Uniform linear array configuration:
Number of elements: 32
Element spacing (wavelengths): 0.25
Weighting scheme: kaiser
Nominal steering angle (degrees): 0
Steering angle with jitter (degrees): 1.732
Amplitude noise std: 0.05
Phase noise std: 0.05

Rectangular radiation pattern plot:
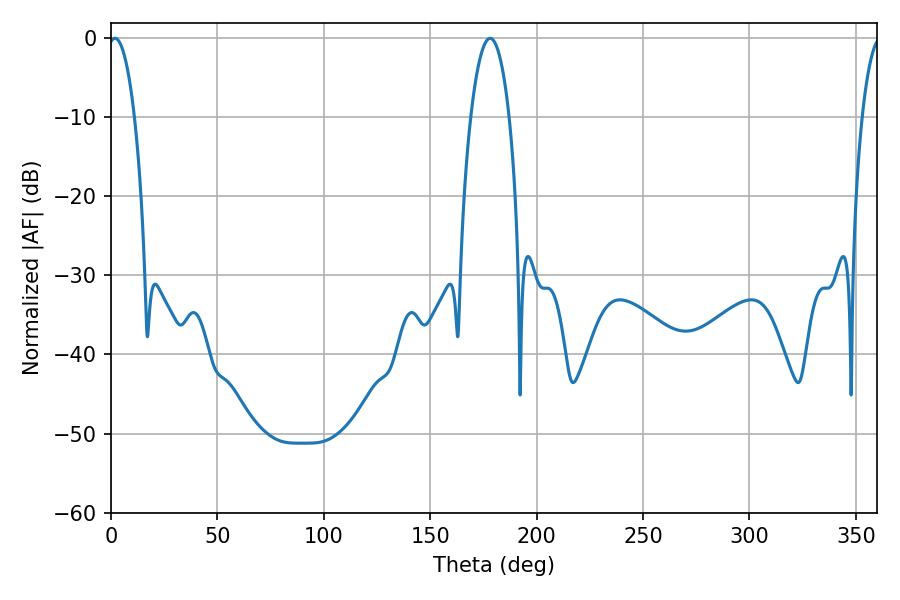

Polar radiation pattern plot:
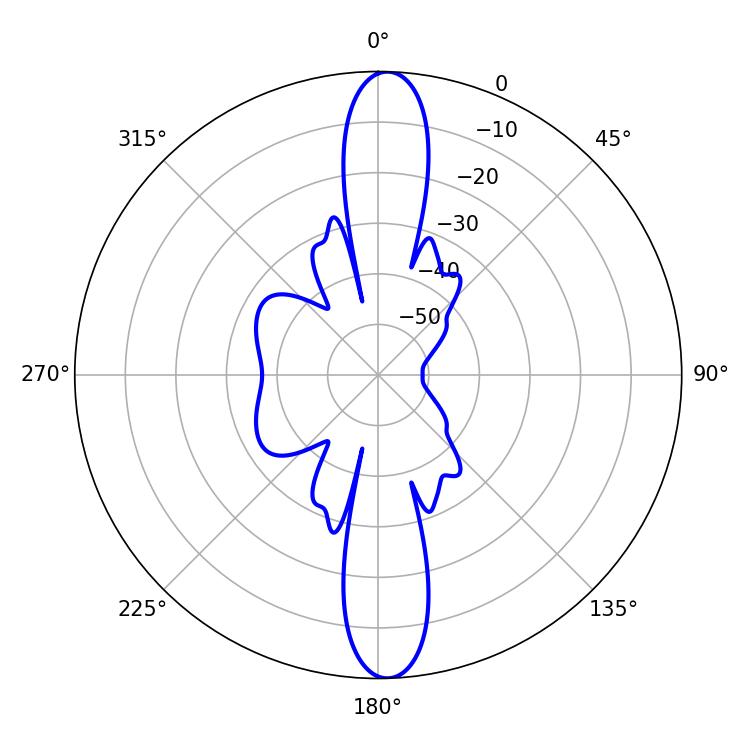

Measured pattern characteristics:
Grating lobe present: FALSE
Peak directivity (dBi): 22.184
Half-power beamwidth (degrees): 7.02
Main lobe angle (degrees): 1.8